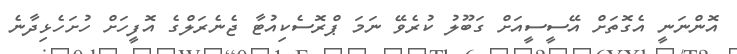
އޮންނަނީ އެގޮތަށް އޭސީސީއަށް ގަބޫލު ކުރެވޭ ނަމަ ޕްރޮސެކިއުޓާ ޖެނެރަލްގެ އޮފީހަށް ހުށަހެޅިދާނެ